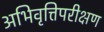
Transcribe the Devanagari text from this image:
अभिवृत्तिपरीक्षण